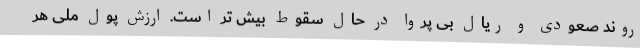
روند صعودی و ریال بی پروا در حال سقوط بیش تر است. ارزش پول ملی هر